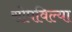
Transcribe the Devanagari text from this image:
सोपविल्या